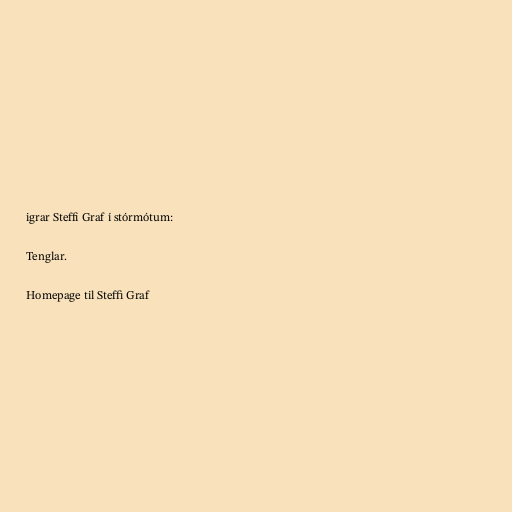
igrar Steffi Graf í stórmótum:

Tenglar.

Homepage til Steffi Graf